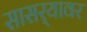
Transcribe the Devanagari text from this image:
सासर्‍यावर